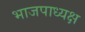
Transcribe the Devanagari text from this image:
भाजपाध्यक्ष